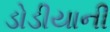
ડોડીયાની